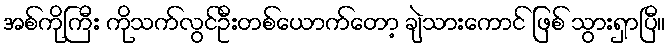
အစ်ကိုကြီး ကိုသက်လွင်ဦးတစ်ယောက်တော့ ချဲသားကောင် ဖြစ် သွားရှာပြီ။